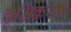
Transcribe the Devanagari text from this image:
वृश्चिकरम